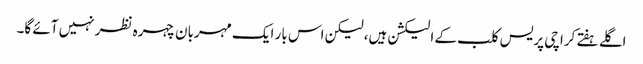
اگلے ہفتے کراچی پریس کلب کے الیکشن ہیں، لیکن اس بار ایک مہربان چہرہ نظر نہیں آئے گا۔